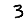
Digit: 3